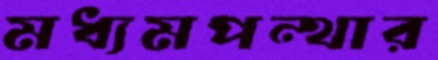
মধ্যমপন্থার